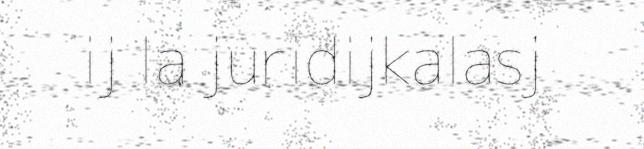
ij la juridijkalasj